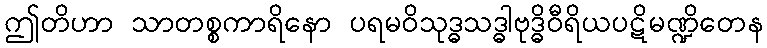
ဤတိဟာ သာတစ္စကာရိနော ပရမဝိသုဒ္ဓသဒ္ဓါဗုဒ္ဓိဝီရိယပဋိမဏ္ဍိတေန